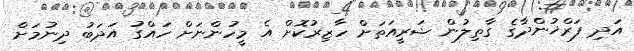
އަދި ފަރްޚުންދާގެ ގާތިލުން ޝަރީއަތަށް ހާޒިރުކޮށް އެ މީހުންނަށް ހައްގު އަދަބު ދިނުމަށް